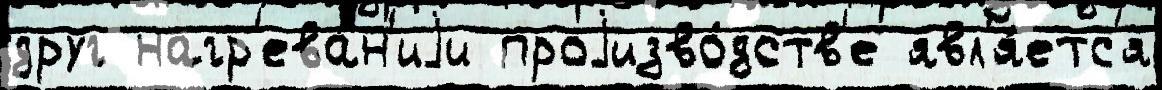
друг нагр'ева́н'иjи проjизво́дств'е явл'я́етс'я